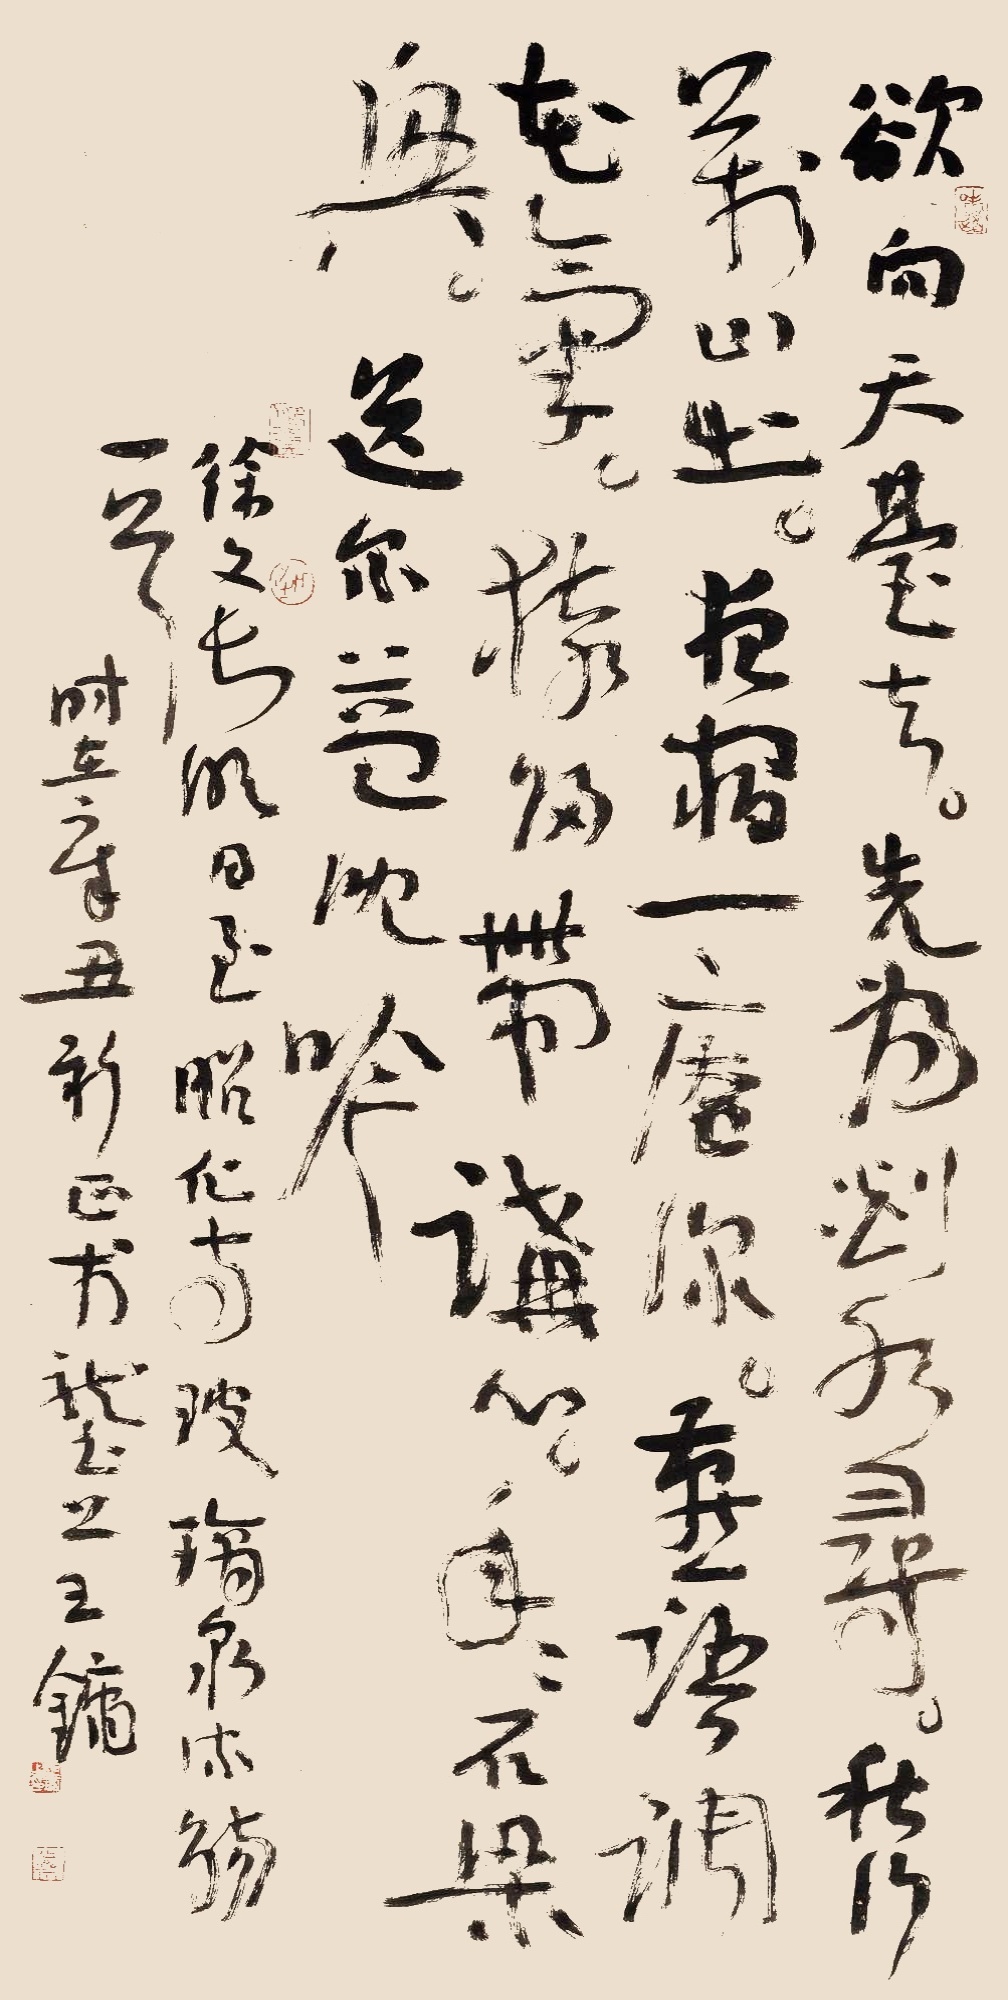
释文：欲向天台去，先为剡水寻。秋行万山出，夜宿一庵深。燕语调花气，猿归带讲心。年年石梁兴，送尔益沈吟。徐文长《明日至昭化寺玻璃泉流觞》一首。时在辛丑新正于陇上，王镛。